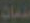
ذات